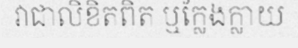
វាជាលិខិតពិត ឬក្លែងក្លាយ